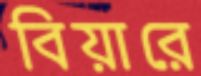
বিয়ারে